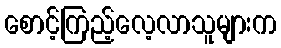
စောင့်ကြည့်လေ့လာသူများက